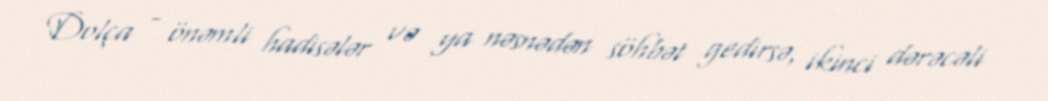
Dolça - önəmli hadisələr və ya nəsnədən söhbət gedirsə, ikinci dərəcəli